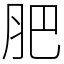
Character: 肥